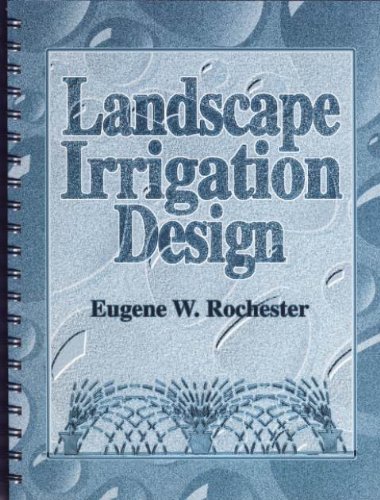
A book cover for Landscape Irrigation Design (ASAE publication); Eugene W. Rochester; Science & Math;